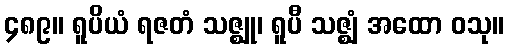
၄၈၉။ ရူပိယံ ရဇတံ သဇ္ဈု၊ ရူပီ သဇ္ဈံ အထော ဝသု။